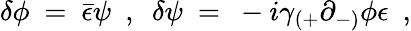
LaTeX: \delta\phi~=~{\bar{\epsilon}}\psi~~,~~\delta\psi~=~-i\gamma_{(+}\partial_{-)}\phi\epsilon~~,